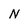
Character: N